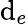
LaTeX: \mathrm{d}_{e}